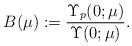
LaTeX: \begin{align*} B(\mu):=\dfrac{\Upsilon_p(0;\mu)}{\Upsilon(0;\mu)}.\end{align*}